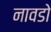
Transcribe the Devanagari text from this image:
नावडो